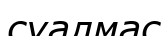
суалмас